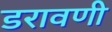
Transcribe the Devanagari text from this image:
डरावणी